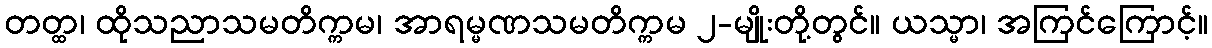
တတ္ထ၊ ထိုသညာသမတိက္ကမ၊ အာရမ္မဏသမတိက္ကမ ၂-မျိုးတို့တွင်။ ယသ္မာ၊ အကြင်ကြောင့်။